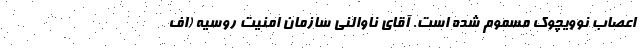
اعصاب نوویچوک مسموم شده است. آقای ناوالنی سازمان امنیت روسیه (اف‌